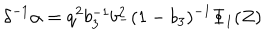
\delta ^ { - 1 } \alpha = q ^ { 2 } b _ { 3 } ^ { - 1 } b _ { - } ^ { 2 } ( 1 - b _ { 3 } ) ^ { - 1 } \Phi _ { 1 } ( Z )